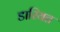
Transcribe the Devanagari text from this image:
डारियत